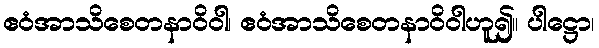
ဧဝံအာသိစေတနာဝိဝါ၊ ဧဝံအာသိစေတနာဝိဝါဟူ၍။ ပါဋ္ဌော၊